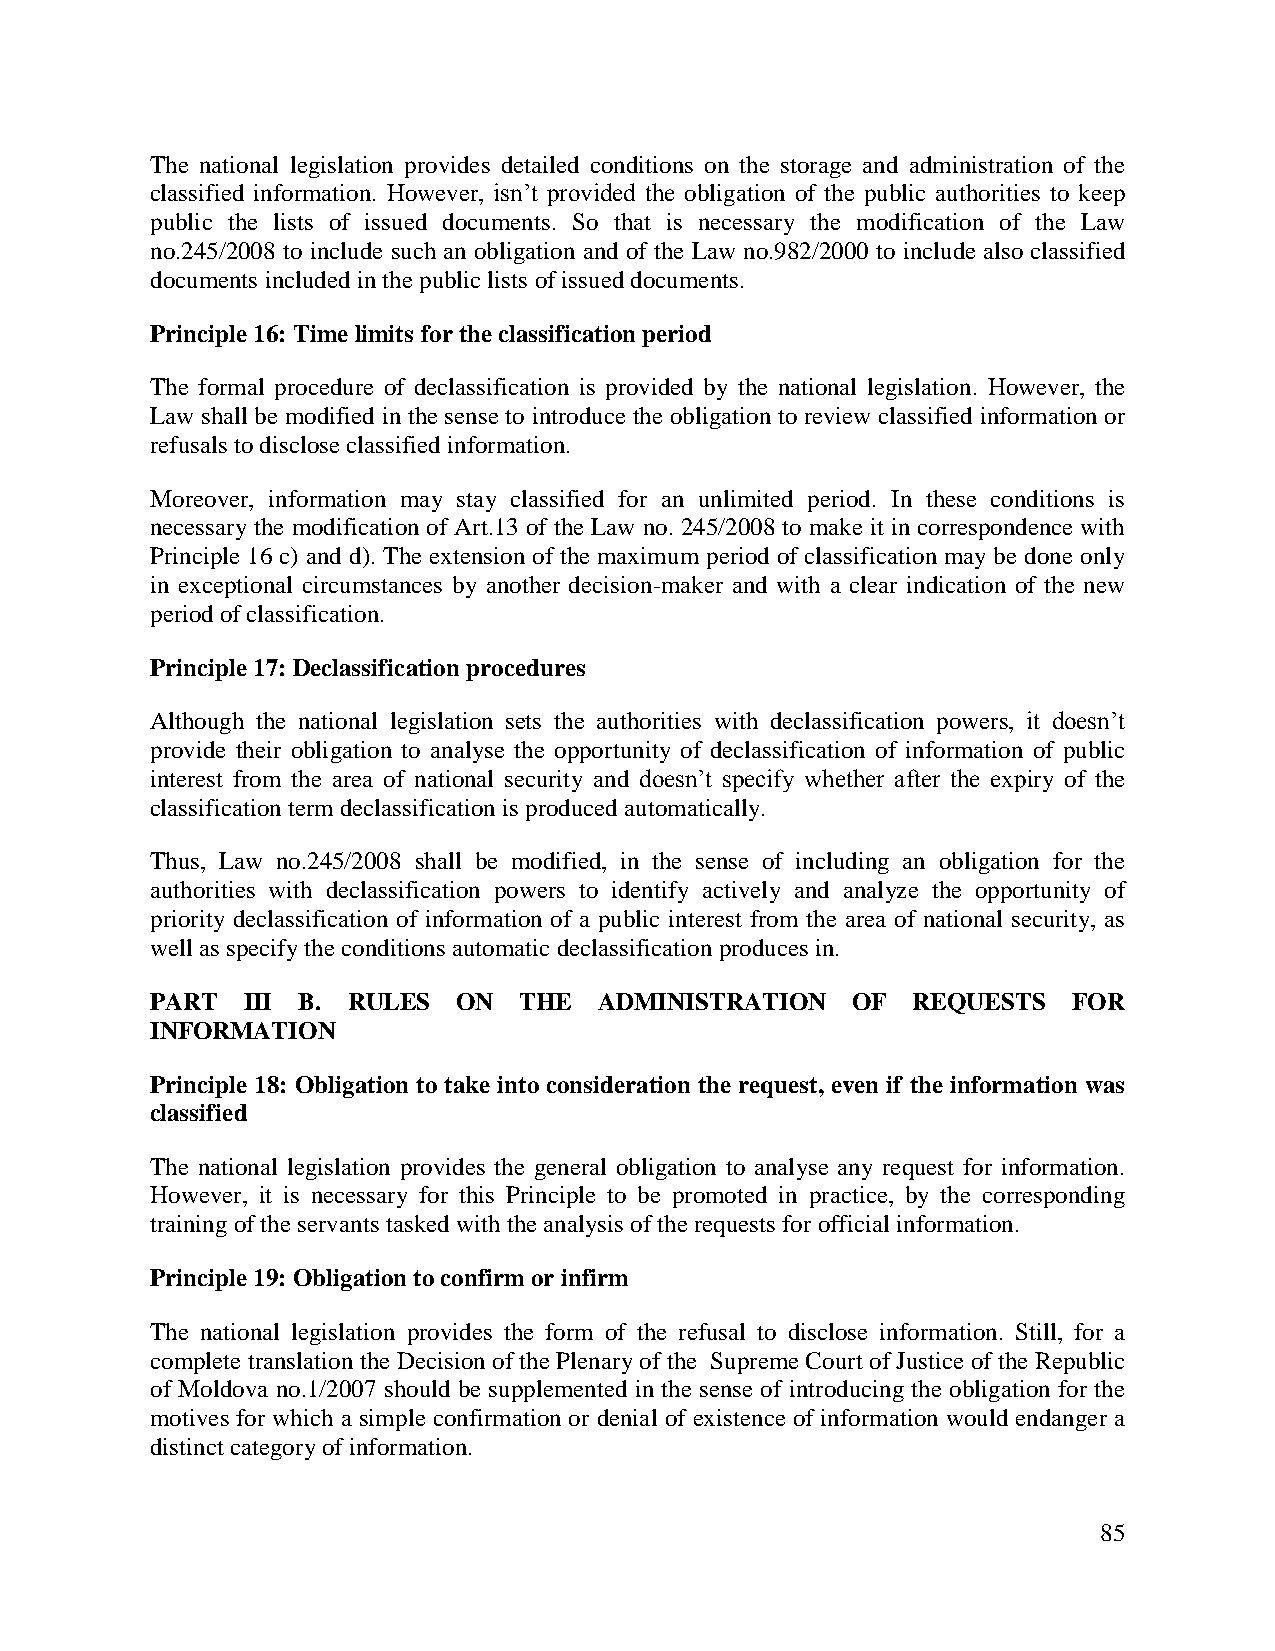
The national legislation provides detailed conditions on the storage and administration of the
 classified information. However, isn’t provided the obligation of the public authorities to keep
 public the lists of issued documents. So that is necessary the modification of the Law
 no.245/2008 to include such an obligation and of the Law no.982/2000 to include also classified
 documents included in the public lists of issued documents.
 Principle 16: Time limits for the classification period
 The formal procedure of declassification is provided by the national legislation. However, the
 Law shall be modified in the sense to introduce the obligation to review classified information or
 refusals to disclose classified information.
 Moreover, information may stay classified for an unlimited period. In these conditions is
 necessary the modification of Art.13 of the Law no. 245/2008 to make it in correspondence with
 Principle 16 c) and d). The extension of the maximum period of classification may be done only
 in exceptional circumstances by another decision-maker and with a clear indication of the new
 period of classification.
 Principle 17: Declassification procedures
 Although the national legislation sets the authorities with declassification powers, it doesn’t
 provide their obligation to analyse the opportunity of declassification of information of public
 interest from the area of national security and doesn’t specify whether after the expiry of the
 classification term declassification is produced automatically.
 Thus, Law no.245/2008 shall be modified, in the sense of including an obligation for the
 authorities with declassification powers to identify actively and analyze the opportunity of
 priority declassification of information of a public interest from the area of national security, as
 well as specify the conditions automatic declassification produces in.
 PART  III B. RULES  ON  THE   ADMINISTRATION  OF  REQUESTS   FOR
 INFORMATION
 Principle 18: Obligation to take into consideration the request, even if the information was
 classified
 The national legislation provides the general obligation to analyse any request for information.
 However, it is necessary for this Principle to be promoted in practice, by the corresponding
 training of the servants tasked with the analysis of the requests for official information.
 Principle 19: Obligation to confirm or infirm
 The national legislation provides the form of the refusal to disclose information. Still, for a
 complete translation the Decision of the Plenary of the Supreme Court of Justice of the Republic
 of Moldova no.1/2007 should be supplemented in the sense of introducing the obligation for the
 motives for which a simple confirmation or denial of existence of information would endanger a
 distinct category of information.
 85